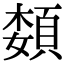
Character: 𫖟